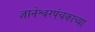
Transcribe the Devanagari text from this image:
ज्ञानेश्वरपंचकाच्या